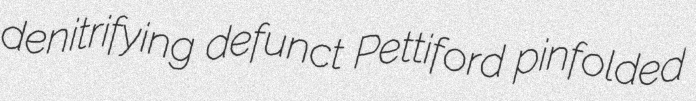
denitrifying defunct Pettiford pinfolded